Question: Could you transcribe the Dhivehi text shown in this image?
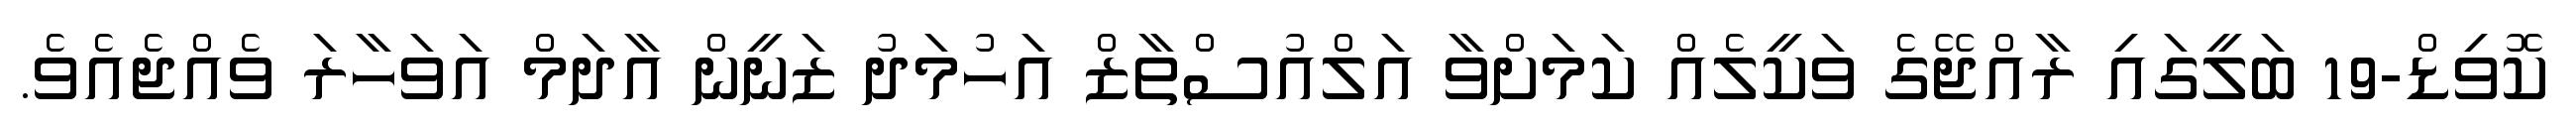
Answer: ކޮވިޑް-19 ބަލީގައި ރާއްޖޭގެ ވަކީލެއް ކަމަށްވާ އަލްއުސްތާޒް އަހުމަދު ޒަނީން އާދަމް އަވަހާރަ ވެއްޖެއެވެ.